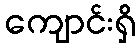
ကျောင်းရှိ